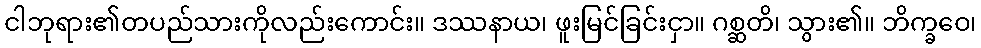
ငါဘုရား၏တပည်သားကိုလည်းကောင်း။ ဒဿနာယ၊ ဖူးမြင်ခြင်းငှာ။ ဂစ္ဆတိ၊ သွား၏။ ဘိက္ခဝေ၊